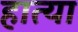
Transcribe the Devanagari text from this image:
हात्या